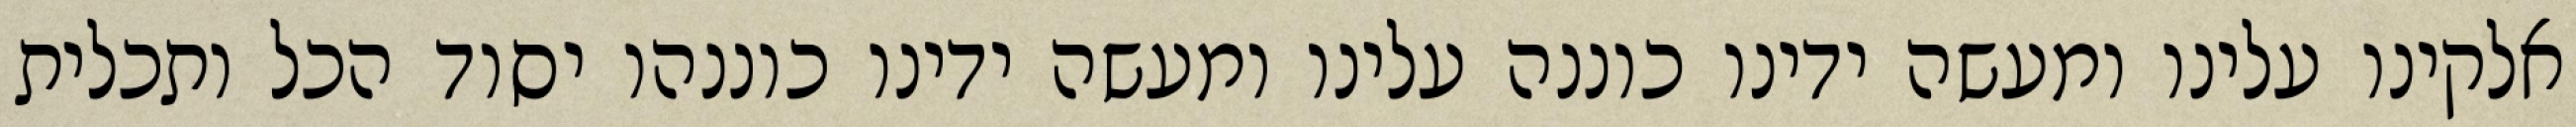
אלקינו עלינו ומעשה ידינו כוננה עלינו ומעשה ידינו כוננהו יסוד הכל ותכלית